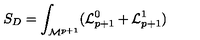
S _ { D } = \int _ { { \cal M } ^ { p + 1 } } ( { \cal L } _ { p + 1 } ^ { 0 } + { \cal L } _ { p + 1 } ^ { 1 } )